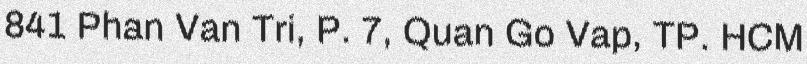
841 Phan Van Tri, P. 7, Quan Go Vap, TP. HCM